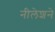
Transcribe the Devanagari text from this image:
नीलेशने